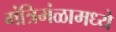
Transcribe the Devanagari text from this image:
मंत्रिमंळामध्ये